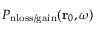
P _ { \mathrm { n l o s s / g a i n } } ( \mathbf { r } _ { 0 } , \omega )